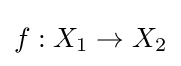
f:X_{1}\to X_{2}